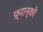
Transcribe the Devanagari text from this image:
फ़्रान्को